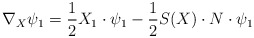
\begin{align*}\nabla_X\psi_1=\frac{1}{2}X_1\cdot\psi_1-\frac{1}{2}S(X)\cdot N\cdot\psi_1\end{align*}